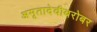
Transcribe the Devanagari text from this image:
अमृतादेवीबरोबर